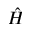
\hat { H }